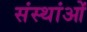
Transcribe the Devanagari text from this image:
संस्थांओं